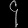
Digit: ၄